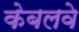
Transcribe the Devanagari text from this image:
केबलवे